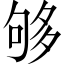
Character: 够